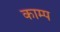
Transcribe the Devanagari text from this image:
काम्प